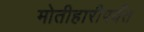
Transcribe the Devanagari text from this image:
मोतीहारीपर्यंत